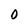
Character: 0